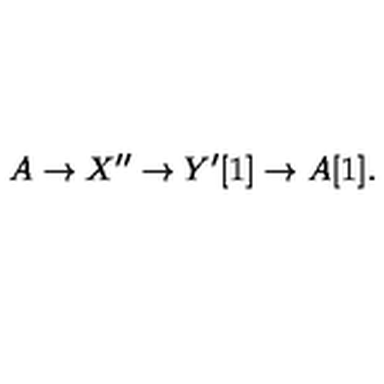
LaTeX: A \to X ^ { \prime \prime } \to Y ^ { \prime } [ 1 ] \to A [ 1 ] .